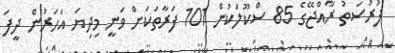
ފުރުސަތު ރާއްޖޭގެ 85 ސްކޫލަކުން 101 ފަރާތަކަށް ވަނީ މިދިޔަ އަހަރުން ދީފަ